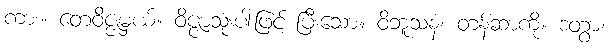
ကား။ တေဝိဇ္ဇမှယ်။ ဝိဇ္ဇာသုံးပါးဖြင့် ပြီးသော။ ဝိဘူသနံ၊ တန်ဆာကို။ ဒတွာ၊